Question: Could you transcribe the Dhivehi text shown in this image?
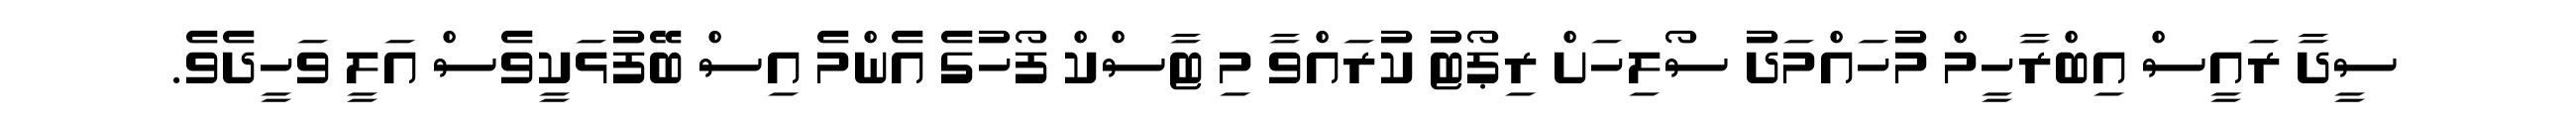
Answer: ސީދާ ރައީސް އިބްރާހީމް މުހައްމަދު ސޯލިހަށް ރިޕޯޓު ކުރައްވާ މި ޓާސްކް ފޯހުގެ އެންމެ އިސް ބޭފުޅަކީވެސް އަލީ ވަހީދެވެ.